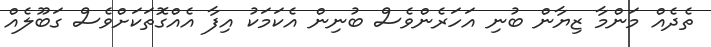
ތެދެއް މަންމާ ޒިޔާން ބުނި އަހަރެންވެސް ބުނިން އެކަމަކު އިފާ އެއްގޮތަކަށްވެސް ގަބޫލެއް